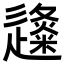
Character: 𨗬